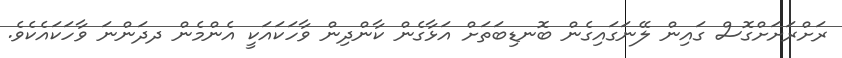
ރަށްރަށަށްގޮސް ގައިން ލޭނަގައިގެން ބޮނޑިބަތަށް އަޅާގެން ކާންދިން ވާހަކައަކީ އެންމެން ދދަންނަ ވާހަކައެކެވެ.